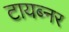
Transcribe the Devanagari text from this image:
टायब्नर